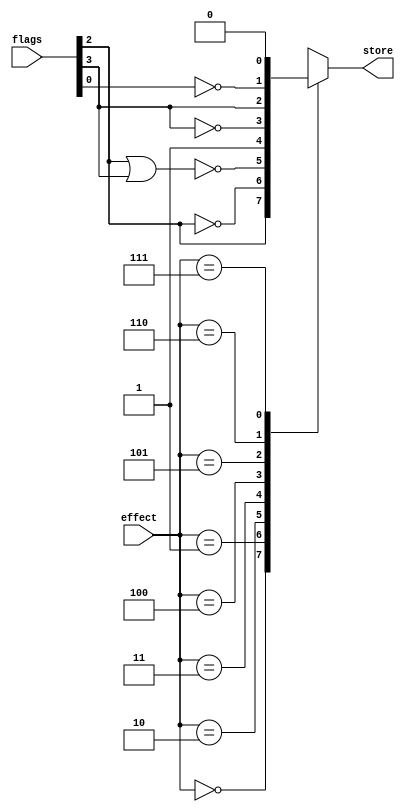
module effect_decoder(
  input [4:0] flags,
  input [2:0] effect,
  output reg store
);

wire overflow = flags[0];
wire zero = flags[2];
wire negative = flags[3];

always @* begin
  case (effect)
    // store if zero
    3'h0: store = zero;
    // store if not zero
    3'h1: store = ~zero;
    // store if positive
    3'h2: store = zero ~| negative;
    // store always
    3'h3: store = 1;
    // store if not negative (>= 0)
    3'h4: store = ~negative;
    // store if negative
    3'h5: store = negative;
    // store if not overflow
    3'h6: store = ~overflow;
    // never store
    3'h7: store = 0;
  endcase
end

endmodule